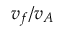
v _ { f } / v _ { A }